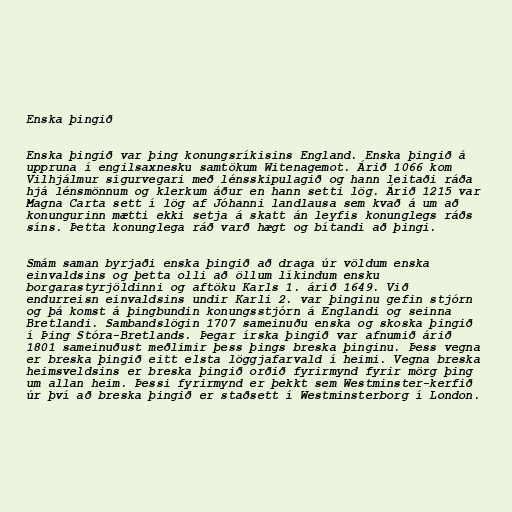
Enska þingið

Enska þingið var þing konungsríkisins England. Enska þingið á
uppruna í engilsaxnesku samtökum Witenagemot. Árið 1066 kom
Vilhjálmur sigurvegari með lénsskipulagið og hann leitaði ráða
hjá lénsmönnum og klerkum áður en hann setti lög. Árið 1215 var
Magna Carta sett í lög af Jóhanni landlausa sem kvað á um að
konungurinn mætti ekki setja á skatt án leyfis konunglegs ráðs
síns. Þetta konunglega ráð varð hægt og bítandi að þingi.

Smám saman byrjaði enska þingið að draga úr völdum enska
einvaldsins og þetta olli að öllum líkindum ensku
borgarastyrjöldinni og aftöku Karls 1. árið 1649. Við
endurreisn einvaldsins undir Karli 2. var þinginu gefin stjórn
og þá komst á þingbundin konungsstjórn á Englandi og seinna
Bretlandi. Sambandslögin 1707 sameinuðu enska og skoska þingið
í Þing Stóra-Bretlands. Þegar írska þingið var afnumið árið
1801 sameinuðust meðlimir þess þings breska þinginu. Þess vegna
er breska þingið eitt elsta löggjafarvald í heimi. Vegna breska
heimsveldsins er breska þingið orðið fyrirmynd fyrir mörg þing
um allan heim. Þessi fyrirmynd er þekkt sem Westminster-kerfið
úr því að breska þingið er staðsett í Westminsterborg í London.